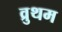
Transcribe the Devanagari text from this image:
व्रुथम